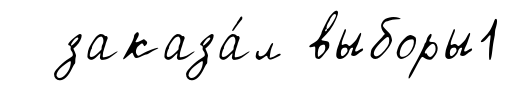
заказа́л выборы1